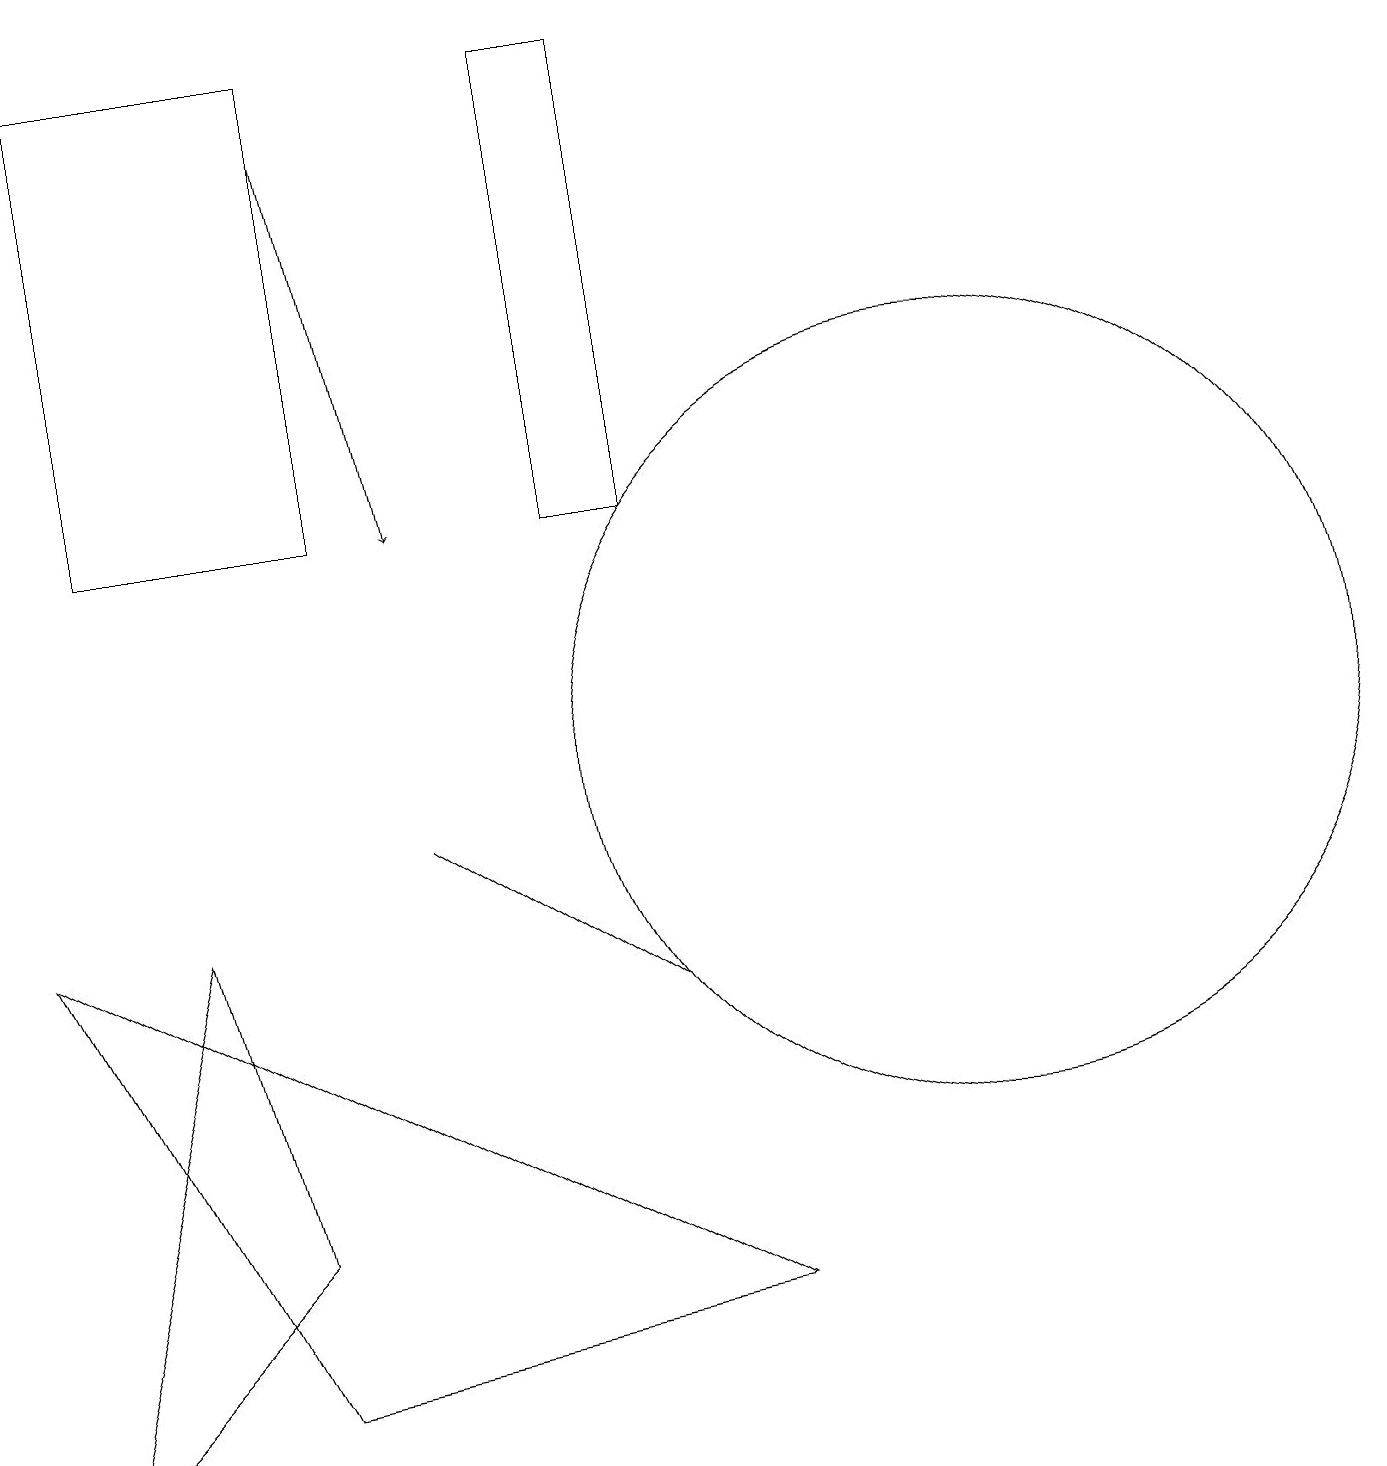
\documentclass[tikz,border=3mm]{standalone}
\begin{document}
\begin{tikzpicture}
\draw (12,10) circle (5);
\draw (8,13) rectangle (7,19);
\draw (0,8) -- (9,3) -- (3,2) -- cycle;
\draw (1,13) rectangle (4,19);
\draw (3,4) -- (0,1) -- (2,8) -- cycle;
\draw (5,9) -- (8,7) -- (8,7) -- cycle;
\draw[->] (4,18) -- (5,13);
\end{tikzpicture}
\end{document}